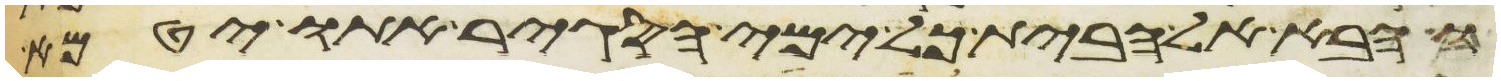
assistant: והבא אל הבית כל ימי הסגיר אתו יטמא